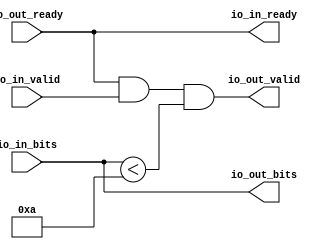
module SmallOdds4Filter(
  output        io_in_ready,
  input         io_in_valid,
  input  [31:0] io_in_bits,
  input         io_out_ready,
  output        io_out_valid,
  output [31:0] io_out_bits
);
  wire  _T_16 = io_in_bits < 32'ha; // @[SmallOdds4.scala 28:38]
  assign io_in_ready = io_out_ready; // @[SmallOdds4.scala 19:17]
  assign io_out_valid = io_out_ready & io_in_valid & _T_16; // @[SmallOdds4.scala 22:49]
  assign io_out_bits = io_in_bits; // @[SmallOdds4.scala 20:17]
endmodule
module Queue(
  input         clock,
  input         reset,
  output        io_enq_ready,
  input         io_enq_valid,
  input  [31:0] io_enq_bits,
  input         io_deq_ready,
  output        io_deq_valid,
  output [31:0] io_deq_bits
);
`ifdef RANDOMIZE_MEM_INIT
  reg [31:0] _RAND_0;
`endif // RANDOMIZE_MEM_INIT
`ifdef RANDOMIZE_REG_INIT
  reg [31:0] _RAND_1;
`endif // RANDOMIZE_REG_INIT
  reg [31:0] ram [0:0]; // @[Decoupled.scala 200:24]
  wire  ram__T_43_en; // @[Decoupled.scala 200:24]
  wire  ram__T_43_addr; // @[Decoupled.scala 200:24]
  wire [31:0] ram__T_43_data; // @[Decoupled.scala 200:24]
  wire [31:0] ram__T_34_data; // @[Decoupled.scala 200:24]
  wire  ram__T_34_addr; // @[Decoupled.scala 200:24]
  wire  ram__T_34_mask; // @[Decoupled.scala 200:24]
  wire  ram__T_34_en; // @[Decoupled.scala 200:24]
  reg  maybe_full; // @[Decoupled.scala 203:35]
  wire  _T_26 = ~maybe_full; // @[Decoupled.scala 206:36]
  wire  do_enq = io_enq_ready & io_enq_valid; // @[Decoupled.scala 29:37]
  wire  do_deq = io_deq_ready & io_deq_valid; // @[Decoupled.scala 29:37]
  assign ram__T_43_en = 1'h1;
  assign ram__T_43_addr = 1'h0;
  assign ram__T_43_data = ram[ram__T_43_addr]; // @[Decoupled.scala 200:24]
  assign ram__T_34_data = io_enq_bits;
  assign ram__T_34_addr = 1'h0;
  assign ram__T_34_mask = 1'h1;
  assign ram__T_34_en = io_enq_ready & io_enq_valid;
  assign io_enq_ready = ~maybe_full; // @[Decoupled.scala 223:19]
  assign io_deq_valid = ~_T_26; // @[Decoupled.scala 222:19]
  assign io_deq_bits = ram__T_43_data; // @[Decoupled.scala 224:15]
  always @(posedge clock) begin
    if (ram__T_34_en & ram__T_34_mask) begin
      ram[ram__T_34_addr] <= ram__T_34_data; // @[Decoupled.scala 200:24]
    end
    if (reset) begin // @[Decoupled.scala 203:35]
      maybe_full <= 1'h0; // @[Decoupled.scala 203:35]
    end else if (do_enq != do_deq) begin // @[Decoupled.scala 218:27]
      maybe_full <= do_enq; // @[Decoupled.scala 219:16]
    end
  end
// Register and memory initialization
`ifdef RANDOMIZE_GARBAGE_ASSIGN
`define RANDOMIZE
`endif
`ifdef RANDOMIZE_INVALID_ASSIGN
`define RANDOMIZE
`endif
`ifdef RANDOMIZE_REG_INIT
`define RANDOMIZE
`endif
`ifdef RANDOMIZE_MEM_INIT
`define RANDOMIZE
`endif
`ifndef RANDOM
`define RANDOM $random
`endif
`ifdef RANDOMIZE_MEM_INIT
  integer initvar;
`endif
`ifndef SYNTHESIS
`ifdef FIRRTL_BEFORE_INITIAL
`FIRRTL_BEFORE_INITIAL
`endif
initial begin
  `ifdef RANDOMIZE
    `ifdef INIT_RANDOM
      `INIT_RANDOM
    `endif
    `ifndef VERILATOR
      `ifdef RANDOMIZE_DELAY
        #`RANDOMIZE_DELAY begin end
      `else
        #0.002 begin end
      `endif
    `endif
`ifdef RANDOMIZE_MEM_INIT
  _RAND_0 = {1{`RANDOM}};
  for (initvar = 0; initvar < 1; initvar = initvar+1)
    ram[initvar] = _RAND_0[31:0];
`endif // RANDOMIZE_MEM_INIT
`ifdef RANDOMIZE_REG_INIT
  _RAND_1 = {1{`RANDOM}};
  maybe_full = _RAND_1[0:0];
`endif // RANDOMIZE_REG_INIT
  `endif // RANDOMIZE
end // initial
`ifdef FIRRTL_AFTER_INITIAL
`FIRRTL_AFTER_INITIAL
`endif
`endif // SYNTHESIS
endmodule
module SmallOdds4Filter_1(
  output        io_in_ready,
  input         io_in_valid,
  input  [31:0] io_in_bits,
  input         io_out_ready,
  output        io_out_valid,
  output [31:0] io_out_bits
);
  wire [31:0] _T_16 = io_in_bits & 32'h1; // @[SmallOdds4.scala 30:52]
  wire  _T_18 = _T_16 == 32'h1; // @[SmallOdds4.scala 30:59]
  assign io_in_ready = io_out_ready; // @[SmallOdds4.scala 19:17]
  assign io_out_valid = io_out_ready & io_in_valid & _T_18; // @[SmallOdds4.scala 22:49]
  assign io_out_bits = io_in_bits; // @[SmallOdds4.scala 20:17]
endmodule
module SmallOdds4(
  input         clock,
  input         reset,
  output        io_in_ready,
  input         io_in_valid,
  input  [31:0] io_in_bits,
  input         io_out_ready,
  output        io_out_valid,
  output [31:0] io_out_bits
);
  wire  SmallOdds4Filter_io_in_ready; // @[SmallOdds4.scala 28:24]
  wire  SmallOdds4Filter_io_in_valid; // @[SmallOdds4.scala 28:24]
  wire [31:0] SmallOdds4Filter_io_in_bits; // @[SmallOdds4.scala 28:24]
  wire  SmallOdds4Filter_io_out_ready; // @[SmallOdds4.scala 28:24]
  wire  SmallOdds4Filter_io_out_valid; // @[SmallOdds4.scala 28:24]
  wire [31:0] SmallOdds4Filter_io_out_bits; // @[SmallOdds4.scala 28:24]
  wire  Queue_clock; // @[SmallOdds4.scala 29:24]
  wire  Queue_reset; // @[SmallOdds4.scala 29:24]
  wire  Queue_io_enq_ready; // @[SmallOdds4.scala 29:24]
  wire  Queue_io_enq_valid; // @[SmallOdds4.scala 29:24]
  wire [31:0] Queue_io_enq_bits; // @[SmallOdds4.scala 29:24]
  wire  Queue_io_deq_ready; // @[SmallOdds4.scala 29:24]
  wire  Queue_io_deq_valid; // @[SmallOdds4.scala 29:24]
  wire [31:0] Queue_io_deq_bits; // @[SmallOdds4.scala 29:24]
  wire  SmallOdds4Filter_1_io_in_ready; // @[SmallOdds4.scala 30:24]
  wire  SmallOdds4Filter_1_io_in_valid; // @[SmallOdds4.scala 30:24]
  wire [31:0] SmallOdds4Filter_1_io_in_bits; // @[SmallOdds4.scala 30:24]
  wire  SmallOdds4Filter_1_io_out_ready; // @[SmallOdds4.scala 30:24]
  wire  SmallOdds4Filter_1_io_out_valid; // @[SmallOdds4.scala 30:24]
  wire [31:0] SmallOdds4Filter_1_io_out_bits; // @[SmallOdds4.scala 30:24]
  SmallOdds4Filter SmallOdds4Filter ( // @[SmallOdds4.scala 28:24]
    .io_in_ready(SmallOdds4Filter_io_in_ready),
    .io_in_valid(SmallOdds4Filter_io_in_valid),
    .io_in_bits(SmallOdds4Filter_io_in_bits),
    .io_out_ready(SmallOdds4Filter_io_out_ready),
    .io_out_valid(SmallOdds4Filter_io_out_valid),
    .io_out_bits(SmallOdds4Filter_io_out_bits)
  );
  Queue Queue ( // @[SmallOdds4.scala 29:24]
    .clock(Queue_clock),
    .reset(Queue_reset),
    .io_enq_ready(Queue_io_enq_ready),
    .io_enq_valid(Queue_io_enq_valid),
    .io_enq_bits(Queue_io_enq_bits),
    .io_deq_ready(Queue_io_deq_ready),
    .io_deq_valid(Queue_io_deq_valid),
    .io_deq_bits(Queue_io_deq_bits)
  );
  SmallOdds4Filter_1 SmallOdds4Filter_1 ( // @[SmallOdds4.scala 30:24]
    .io_in_ready(SmallOdds4Filter_1_io_in_ready),
    .io_in_valid(SmallOdds4Filter_1_io_in_valid),
    .io_in_bits(SmallOdds4Filter_1_io_in_bits),
    .io_out_ready(SmallOdds4Filter_1_io_out_ready),
    .io_out_valid(SmallOdds4Filter_1_io_out_valid),
    .io_out_bits(SmallOdds4Filter_1_io_out_bits)
  );
  assign io_in_ready = SmallOdds4Filter_io_in_ready; // @[SmallOdds4.scala 33:18]
  assign io_out_valid = SmallOdds4Filter_1_io_out_valid; // @[SmallOdds4.scala 36:18]
  assign io_out_bits = SmallOdds4Filter_1_io_out_bits; // @[SmallOdds4.scala 36:18]
  assign SmallOdds4Filter_io_in_valid = io_in_valid; // @[SmallOdds4.scala 33:18]
  assign SmallOdds4Filter_io_in_bits = io_in_bits; // @[SmallOdds4.scala 33:18]
  assign SmallOdds4Filter_io_out_ready = Queue_io_enq_ready; // @[SmallOdds4.scala 34:18]
  assign Queue_clock = clock;
  assign Queue_reset = reset;
  assign Queue_io_enq_valid = SmallOdds4Filter_io_out_valid; // @[SmallOdds4.scala 34:18]
  assign Queue_io_enq_bits = SmallOdds4Filter_io_out_bits; // @[SmallOdds4.scala 34:18]
  assign Queue_io_deq_ready = SmallOdds4Filter_1_io_in_ready; // @[SmallOdds4.scala 35:18]
  assign SmallOdds4Filter_1_io_in_valid = Queue_io_deq_valid; // @[SmallOdds4.scala 35:18]
  assign SmallOdds4Filter_1_io_in_bits = Queue_io_deq_bits; // @[SmallOdds4.scala 35:18]
  assign SmallOdds4Filter_1_io_out_ready = io_out_ready; // @[SmallOdds4.scala 36:18]
endmodule
module SmallOdds4Tester(
  input   clock,
  input   reset
);
`ifdef RANDOMIZE_REG_INIT
  reg [31:0] _RAND_0;
  reg [31:0] _RAND_1;
  reg [31:0] _RAND_2;
  reg [31:0] _RAND_3;
  reg [31:0] _RAND_4;
  reg [31:0] _RAND_5;
  reg [31:0] _RAND_6;
`endif // RANDOMIZE_REG_INIT
  wire  device_under_test_clock; // @[SmallOdds4.scala 43:33]
  wire  device_under_test_reset; // @[SmallOdds4.scala 43:33]
  wire  device_under_test_io_in_ready; // @[SmallOdds4.scala 43:33]
  wire  device_under_test_io_in_valid; // @[SmallOdds4.scala 43:33]
  wire [31:0] device_under_test_io_in_bits; // @[SmallOdds4.scala 43:33]
  wire  device_under_test_io_out_ready; // @[SmallOdds4.scala 43:33]
  wire  device_under_test_io_out_valid; // @[SmallOdds4.scala 43:33]
  wire [31:0] device_under_test_io_out_bits; // @[SmallOdds4.scala 43:33]
  reg [6:0] _T_4; // @[OrderedDecoupledHWIOTester.scala 374:30]
  reg  _T_7; // @[OrderedDecoupledHWIOTester.scala 375:30]
  reg [4:0] _T_10; // @[OrderedDecoupledHWIOTester.scala 374:30]
  reg  _T_13; // @[OrderedDecoupledHWIOTester.scala 375:30]
  wire  _T_14 = _T_7 & _T_13; // @[OrderedDecoupledHWIOTester.scala 402:42]
  wire  _T_16 = ~reset; // @[OrderedDecoupledHWIOTester.scala 403:13]
  reg [11:0] _T_21; // @[OrderedDecoupledHWIOTester.scala 407:21]
  wire [11:0] _T_24 = _T_21 + 12'h1; // @[OrderedDecoupledHWIOTester.scala 408:14]
  wire  _T_26 = _T_21 > 12'hfa0; // @[OrderedDecoupledHWIOTester.scala 409:13]
  reg [4:0] value; // @[Counter.scala 17:33]
  wire [4:0] _GEN_1 = 5'h1 == value ? 5'h8 : 5'h3; // @[OrderedDecoupledHWIOTester.scala 283:14 OrderedDecoupledHWIOTester.scala 283:14]
  wire [4:0] _GEN_2 = 5'h2 == value ? 5'h4 : _GEN_1; // @[OrderedDecoupledHWIOTester.scala 283:14 OrderedDecoupledHWIOTester.scala 283:14]
  wire [4:0] _GEN_3 = 5'h3 == value ? 5'h7 : _GEN_2; // @[OrderedDecoupledHWIOTester.scala 283:14 OrderedDecoupledHWIOTester.scala 283:14]
  wire [4:0] _GEN_4 = 5'h4 == value ? 5'hc : _GEN_3; // @[OrderedDecoupledHWIOTester.scala 283:14 OrderedDecoupledHWIOTester.scala 283:14]
  wire [4:0] _GEN_5 = 5'h5 == value ? 5'h0 : _GEN_4; // @[OrderedDecoupledHWIOTester.scala 283:14 OrderedDecoupledHWIOTester.scala 283:14]
  wire [4:0] _GEN_6 = 5'h6 == value ? 5'h3 : _GEN_5; // @[OrderedDecoupledHWIOTester.scala 283:14 OrderedDecoupledHWIOTester.scala 283:14]
  wire [4:0] _GEN_7 = 5'h7 == value ? 5'h2 : _GEN_6; // @[OrderedDecoupledHWIOTester.scala 283:14 OrderedDecoupledHWIOTester.scala 283:14]
  wire [4:0] _GEN_8 = 5'h8 == value ? 5'hc : _GEN_7; // @[OrderedDecoupledHWIOTester.scala 283:14 OrderedDecoupledHWIOTester.scala 283:14]
  wire [4:0] _GEN_9 = 5'h9 == value ? 5'h3 : _GEN_8; // @[OrderedDecoupledHWIOTester.scala 283:14 OrderedDecoupledHWIOTester.scala 283:14]
  wire [4:0] _GEN_10 = 5'ha == value ? 5'h5 : _GEN_9; // @[OrderedDecoupledHWIOTester.scala 283:14 OrderedDecoupledHWIOTester.scala 283:14]
  wire [4:0] _GEN_11 = 5'hb == value ? 5'h5 : _GEN_10; // @[OrderedDecoupledHWIOTester.scala 283:14 OrderedDecoupledHWIOTester.scala 283:14]
  wire [4:0] _GEN_12 = 5'hc == value ? 5'h11 : _GEN_11; // @[OrderedDecoupledHWIOTester.scala 283:14 OrderedDecoupledHWIOTester.scala 283:14]
  wire [4:0] _GEN_13 = 5'hd == value ? 5'h7 : _GEN_12; // @[OrderedDecoupledHWIOTester.scala 283:14 OrderedDecoupledHWIOTester.scala 283:14]
  wire [4:0] _GEN_14 = 5'he == value ? 5'h2 : _GEN_13; // @[OrderedDecoupledHWIOTester.scala 283:14 OrderedDecoupledHWIOTester.scala 283:14]
  wire [4:0] _GEN_15 = 5'hf == value ? 5'h2 : _GEN_14; // @[OrderedDecoupledHWIOTester.scala 283:14 OrderedDecoupledHWIOTester.scala 283:14]
  wire [4:0] _GEN_16 = 5'h10 == value ? 5'h5 : _GEN_15; // @[OrderedDecoupledHWIOTester.scala 283:14 OrderedDecoupledHWIOTester.scala 283:14]
  wire [4:0] _GEN_17 = 5'h11 == value ? 5'hd : _GEN_16; // @[OrderedDecoupledHWIOTester.scala 283:14 OrderedDecoupledHWIOTester.scala 283:14]
  wire [4:0] _GEN_18 = 5'h12 == value ? 5'h12 : _GEN_17; // @[OrderedDecoupledHWIOTester.scala 283:14 OrderedDecoupledHWIOTester.scala 283:14]
  wire [4:0] _GEN_19 = 5'h13 == value ? 5'hf : _GEN_18; // @[OrderedDecoupledHWIOTester.scala 283:14 OrderedDecoupledHWIOTester.scala 283:14]
  wire [4:0] _GEN_20 = 5'h14 == value ? 5'h0 : _GEN_19; // @[OrderedDecoupledHWIOTester.scala 283:14 OrderedDecoupledHWIOTester.scala 283:14]
  wire [4:0] _GEN_21 = 5'h15 == value ? 5'hf : _GEN_20; // @[OrderedDecoupledHWIOTester.scala 283:14 OrderedDecoupledHWIOTester.scala 283:14]
  wire [4:0] _GEN_22 = 5'h16 == value ? 5'hf : _GEN_21; // @[OrderedDecoupledHWIOTester.scala 283:14 OrderedDecoupledHWIOTester.scala 283:14]
  wire [4:0] _GEN_23 = 5'h17 == value ? 5'ha : _GEN_22; // @[OrderedDecoupledHWIOTester.scala 283:14 OrderedDecoupledHWIOTester.scala 283:14]
  wire [4:0] _GEN_24 = 5'h18 == value ? 5'h12 : _GEN_23; // @[OrderedDecoupledHWIOTester.scala 283:14 OrderedDecoupledHWIOTester.scala 283:14]
  wire [4:0] _GEN_25 = 5'h19 == value ? 5'hb : _GEN_24; // @[OrderedDecoupledHWIOTester.scala 283:14 OrderedDecoupledHWIOTester.scala 283:14]
  wire [4:0] _GEN_26 = 5'h1a == value ? 5'he : _GEN_25; // @[OrderedDecoupledHWIOTester.scala 283:14 OrderedDecoupledHWIOTester.scala 283:14]
  wire [4:0] _GEN_27 = 5'h1b == value ? 5'h10 : _GEN_26; // @[OrderedDecoupledHWIOTester.scala 283:14 OrderedDecoupledHWIOTester.scala 283:14]
  wire [4:0] _GEN_28 = 5'h1c == value ? 5'hc : _GEN_27; // @[OrderedDecoupledHWIOTester.scala 283:14 OrderedDecoupledHWIOTester.scala 283:14]
  wire [4:0] _GEN_29 = 5'h1d == value ? 5'h2 : _GEN_28; // @[OrderedDecoupledHWIOTester.scala 283:14 OrderedDecoupledHWIOTester.scala 283:14]
  wire [4:0] _GEN_30 = 5'h1e == value ? 5'h13 : _GEN_29; // @[OrderedDecoupledHWIOTester.scala 283:14 OrderedDecoupledHWIOTester.scala 283:14]
  wire [4:0] _GEN_31 = 5'h1f == value ? 5'h0 : _GEN_30; // @[OrderedDecoupledHWIOTester.scala 283:14 OrderedDecoupledHWIOTester.scala 283:14]
  wire  _T_177 = value == 5'h1e; // @[Counter.scala 25:24]
  wire [4:0] _T_180 = value + 5'h1; // @[Counter.scala 26:22]
  wire  _GEN_65 = _T_4 == 7'h1e | _T_7; // @[OrderedDecoupledHWIOTester.scala 381:48 OrderedDecoupledHWIOTester.scala 382:23 OrderedDecoupledHWIOTester.scala 375:30]
  wire [6:0] _T_189 = _T_4 + 7'h1; // @[OrderedDecoupledHWIOTester.scala 384:28]
  reg [2:0] value_1; // @[Counter.scala 17:33]
  wire  _GEN_79 = 5'h8 == _T_10 ? 1'h0 : 1'h1; // @[OrderedDecoupledHWIOTester.scala 314:30 OrderedDecoupledHWIOTester.scala 314:30]
  wire  _GEN_80 = 5'h9 == _T_10 ? 1'h0 : _GEN_79; // @[OrderedDecoupledHWIOTester.scala 314:30 OrderedDecoupledHWIOTester.scala 314:30]
  wire  _GEN_81 = 5'ha == _T_10 ? 1'h0 : _GEN_80; // @[OrderedDecoupledHWIOTester.scala 314:30 OrderedDecoupledHWIOTester.scala 314:30]
  wire  _GEN_82 = 5'hb == _T_10 ? 1'h0 : _GEN_81; // @[OrderedDecoupledHWIOTester.scala 314:30 OrderedDecoupledHWIOTester.scala 314:30]
  wire  _GEN_83 = 5'hc == _T_10 ? 1'h0 : _GEN_82; // @[OrderedDecoupledHWIOTester.scala 314:30 OrderedDecoupledHWIOTester.scala 314:30]
  wire  _GEN_84 = 5'hd == _T_10 ? 1'h0 : _GEN_83; // @[OrderedDecoupledHWIOTester.scala 314:30 OrderedDecoupledHWIOTester.scala 314:30]
  wire  _GEN_85 = 5'he == _T_10 ? 1'h0 : _GEN_84; // @[OrderedDecoupledHWIOTester.scala 314:30 OrderedDecoupledHWIOTester.scala 314:30]
  wire  _GEN_86 = 5'hf == _T_10 ? 1'h0 : _GEN_85; // @[OrderedDecoupledHWIOTester.scala 314:30 OrderedDecoupledHWIOTester.scala 314:30]
  wire  _GEN_87 = 5'h10 == _T_10 ? 1'h0 : _GEN_86; // @[OrderedDecoupledHWIOTester.scala 314:30 OrderedDecoupledHWIOTester.scala 314:30]
  wire  _GEN_88 = 5'h11 == _T_10 ? 1'h0 : _GEN_87; // @[OrderedDecoupledHWIOTester.scala 314:30 OrderedDecoupledHWIOTester.scala 314:30]
  wire  _GEN_89 = 5'h12 == _T_10 ? 1'h0 : _GEN_88; // @[OrderedDecoupledHWIOTester.scala 314:30 OrderedDecoupledHWIOTester.scala 314:30]
  wire  _GEN_90 = 5'h13 == _T_10 ? 1'h0 : _GEN_89; // @[OrderedDecoupledHWIOTester.scala 314:30 OrderedDecoupledHWIOTester.scala 314:30]
  wire  _GEN_91 = 5'h14 == _T_10 ? 1'h0 : _GEN_90; // @[OrderedDecoupledHWIOTester.scala 314:30 OrderedDecoupledHWIOTester.scala 314:30]
  wire  _GEN_92 = 5'h15 == _T_10 ? 1'h0 : _GEN_91; // @[OrderedDecoupledHWIOTester.scala 314:30 OrderedDecoupledHWIOTester.scala 314:30]
  wire  _GEN_93 = 5'h16 == _T_10 ? 1'h0 : _GEN_92; // @[OrderedDecoupledHWIOTester.scala 314:30 OrderedDecoupledHWIOTester.scala 314:30]
  wire  _GEN_94 = 5'h17 == _T_10 ? 1'h0 : _GEN_93; // @[OrderedDecoupledHWIOTester.scala 314:30 OrderedDecoupledHWIOTester.scala 314:30]
  wire  _GEN_95 = 5'h18 == _T_10 ? 1'h0 : _GEN_94; // @[OrderedDecoupledHWIOTester.scala 314:30 OrderedDecoupledHWIOTester.scala 314:30]
  wire  _GEN_96 = 5'h19 == _T_10 ? 1'h0 : _GEN_95; // @[OrderedDecoupledHWIOTester.scala 314:30 OrderedDecoupledHWIOTester.scala 314:30]
  wire  _GEN_97 = 5'h1a == _T_10 ? 1'h0 : _GEN_96; // @[OrderedDecoupledHWIOTester.scala 314:30 OrderedDecoupledHWIOTester.scala 314:30]
  wire  _GEN_98 = 5'h1b == _T_10 ? 1'h0 : _GEN_97; // @[OrderedDecoupledHWIOTester.scala 314:30 OrderedDecoupledHWIOTester.scala 314:30]
  wire  _GEN_99 = 5'h1c == _T_10 ? 1'h0 : _GEN_98; // @[OrderedDecoupledHWIOTester.scala 314:30 OrderedDecoupledHWIOTester.scala 314:30]
  wire  _GEN_100 = 5'h1d == _T_10 ? 1'h0 : _GEN_99; // @[OrderedDecoupledHWIOTester.scala 314:30 OrderedDecoupledHWIOTester.scala 314:30]
  wire  _GEN_101 = 5'h1e == _T_10 ? 1'h0 : _GEN_100; // @[OrderedDecoupledHWIOTester.scala 314:30 OrderedDecoupledHWIOTester.scala 314:30]
  wire  _T_285 = device_under_test_io_out_ready & device_under_test_io_out_valid; // @[OrderedDecoupledHWIOTester.scala 316:35]
  wire [2:0] _GEN_104 = 3'h1 == value_1 ? 3'h7 : 3'h3; // @[OrderedDecoupledHWIOTester.scala 318:17 OrderedDecoupledHWIOTester.scala 318:17]
  wire [2:0] _GEN_105 = 3'h2 == value_1 ? 3'h3 : _GEN_104; // @[OrderedDecoupledHWIOTester.scala 318:17 OrderedDecoupledHWIOTester.scala 318:17]
  wire [2:0] _GEN_106 = 3'h3 == value_1 ? 3'h3 : _GEN_105; // @[OrderedDecoupledHWIOTester.scala 318:17 OrderedDecoupledHWIOTester.scala 318:17]
  wire [2:0] _GEN_107 = 3'h4 == value_1 ? 3'h5 : _GEN_106; // @[OrderedDecoupledHWIOTester.scala 318:17 OrderedDecoupledHWIOTester.scala 318:17]
  wire [2:0] _GEN_108 = 3'h5 == value_1 ? 3'h5 : _GEN_107; // @[OrderedDecoupledHWIOTester.scala 318:17 OrderedDecoupledHWIOTester.scala 318:17]
  wire [2:0] _GEN_109 = 3'h6 == value_1 ? 3'h7 : _GEN_108; // @[OrderedDecoupledHWIOTester.scala 318:17 OrderedDecoupledHWIOTester.scala 318:17]
  wire [2:0] _GEN_110 = 3'h7 == value_1 ? 3'h5 : _GEN_109; // @[OrderedDecoupledHWIOTester.scala 318:17 OrderedDecoupledHWIOTester.scala 318:17]
  wire [3:0] _GEN_118 = {{1'd0}, value_1}; // @[OrderedDecoupledHWIOTester.scala 318:17 OrderedDecoupledHWIOTester.scala 318:17]
  wire [2:0] _GEN_111 = 4'h8 == _GEN_118 ? 3'h0 : _GEN_110; // @[OrderedDecoupledHWIOTester.scala 318:17 OrderedDecoupledHWIOTester.scala 318:17]
  wire [31:0] _GEN_119 = {{29'd0}, _GEN_111}; // @[OrderedDecoupledHWIOTester.scala 321:40]
  wire  _T_290 = device_under_test_io_out_bits != _GEN_119; // @[OrderedDecoupledHWIOTester.scala 321:40]
  wire [2:0] _T_304 = value_1 + 3'h1; // @[Counter.scala 26:22]
  wire  _GEN_112 = _T_10 == 5'h7 | _T_13; // @[OrderedDecoupledHWIOTester.scala 381:48 OrderedDecoupledHWIOTester.scala 382:23 OrderedDecoupledHWIOTester.scala 375:30]
  wire [4:0] _T_312 = _T_10 + 5'h1; // @[OrderedDecoupledHWIOTester.scala 384:28]
  wire  _GEN_121 = _T_285 & _T_290; // @[OrderedDecoupledHWIOTester.scala 322:19]
  SmallOdds4 device_under_test ( // @[SmallOdds4.scala 43:33]
    .clock(device_under_test_clock),
    .reset(device_under_test_reset),
    .io_in_ready(device_under_test_io_in_ready),
    .io_in_valid(device_under_test_io_in_valid),
    .io_in_bits(device_under_test_io_in_bits),
    .io_out_ready(device_under_test_io_out_ready),
    .io_out_valid(device_under_test_io_out_valid),
    .io_out_bits(device_under_test_io_out_bits)
  );
  assign device_under_test_clock = clock;
  assign device_under_test_reset = reset;
  assign device_under_test_io_in_valid = 5'h1f == _T_4[4:0] ? 1'h0 : 1'h1; // @[OrderedDecoupledHWIOTester.scala 285:30 OrderedDecoupledHWIOTester.scala 285:30]
  assign device_under_test_io_in_bits = {{27'd0}, _GEN_31}; // @[OrderedDecoupledHWIOTester.scala 283:14 OrderedDecoupledHWIOTester.scala 283:14]
  assign device_under_test_io_out_ready = 5'h1f == _T_10 ? 1'h0 : _GEN_101; // @[OrderedDecoupledHWIOTester.scala 314:30 OrderedDecoupledHWIOTester.scala 314:30]
  always @(posedge clock) begin
    if (reset) begin // @[OrderedDecoupledHWIOTester.scala 374:30]
      _T_4 <= 7'h0; // @[OrderedDecoupledHWIOTester.scala 374:30]
    end else if (device_under_test_io_in_valid & device_under_test_io_in_ready) begin // @[OrderedDecoupledHWIOTester.scala 287:62]
      if (~_T_7) begin // @[OrderedDecoupledHWIOTester.scala 380:28]
        _T_4 <= _T_189; // @[OrderedDecoupledHWIOTester.scala 384:17]
      end
    end
    if (reset) begin // @[OrderedDecoupledHWIOTester.scala 375:30]
      _T_7 <= 1'h0; // @[OrderedDecoupledHWIOTester.scala 375:30]
    end else if (device_under_test_io_in_valid & device_under_test_io_in_ready) begin // @[OrderedDecoupledHWIOTester.scala 287:62]
      if (~_T_7) begin // @[OrderedDecoupledHWIOTester.scala 380:28]
        _T_7 <= _GEN_65;
      end
    end
    if (reset) begin // @[OrderedDecoupledHWIOTester.scala 374:30]
      _T_10 <= 5'h0; // @[OrderedDecoupledHWIOTester.scala 374:30]
    end else if (device_under_test_io_out_ready & device_under_test_io_out_valid) begin // @[OrderedDecoupledHWIOTester.scala 316:62]
      if (~_T_13) begin // @[OrderedDecoupledHWIOTester.scala 380:28]
        _T_10 <= _T_312; // @[OrderedDecoupledHWIOTester.scala 384:17]
      end
    end
    if (reset) begin // @[OrderedDecoupledHWIOTester.scala 375:30]
      _T_13 <= 1'h0; // @[OrderedDecoupledHWIOTester.scala 375:30]
    end else if (device_under_test_io_out_ready & device_under_test_io_out_valid) begin // @[OrderedDecoupledHWIOTester.scala 316:62]
      if (~_T_13) begin // @[OrderedDecoupledHWIOTester.scala 380:28]
        _T_13 <= _GEN_112;
      end
    end
    if (reset) begin // @[OrderedDecoupledHWIOTester.scala 407:21]
      _T_21 <= 12'h0; // @[OrderedDecoupledHWIOTester.scala 407:21]
    end else begin
      _T_21 <= _T_24; // @[OrderedDecoupledHWIOTester.scala 408:8]
    end
    if (reset) begin // @[Counter.scala 17:33]
      value <= 5'h0; // @[Counter.scala 17:33]
    end else if (device_under_test_io_in_valid & device_under_test_io_in_ready) begin // @[OrderedDecoupledHWIOTester.scala 287:62]
      if (_T_177) begin // @[Counter.scala 28:21]
        value <= 5'h0; // @[Counter.scala 28:29]
      end else begin
        value <= _T_180; // @[Counter.scala 26:13]
      end
    end
    if (reset) begin // @[Counter.scala 17:33]
      value_1 <= 3'h0; // @[Counter.scala 17:33]
    end else if (device_under_test_io_out_ready & device_under_test_io_out_valid) begin // @[OrderedDecoupledHWIOTester.scala 316:62]
      value_1 <= _T_304; // @[Counter.scala 26:13]
    end
    `ifndef SYNTHESIS
    `ifdef PRINTF_COND
      if (`PRINTF_COND) begin
    `endif
        if (_T_14 & ~reset) begin
          $fwrite(32'h80000002,"All input and output events completed\n"); // @[OrderedDecoupledHWIOTester.scala 403:13]
        end
    `ifdef PRINTF_COND
      end
    `endif
    `endif // SYNTHESIS
    `ifndef SYNTHESIS
    `ifdef STOP_COND
      if (`STOP_COND) begin
    `endif
        if (_T_14 & _T_16) begin
          $finish; // @[OrderedDecoupledHWIOTester.scala 404:11]
        end
    `ifdef STOP_COND
      end
    `endif
    `endif // SYNTHESIS
    `ifndef SYNTHESIS
    `ifdef PRINTF_COND
      if (`PRINTF_COND) begin
    `endif
        if (_T_26 & _T_16) begin
          $fwrite(32'h80000002,
            "Exceeded maximum allowed %d ticks in OrderedDecoupledHWIOTester, If you think code is correct use:\nDecoupleTester.max_tick_count = <some-higher-value>\nin the OrderedDecoupledHWIOTester subclass\n"
            ,12'hfa0); // @[OrderedDecoupledHWIOTester.scala 410:13]
        end
    `ifdef PRINTF_COND
      end
    `endif
    `endif // SYNTHESIS
    `ifndef SYNTHESIS
    `ifdef STOP_COND
      if (`STOP_COND) begin
    `endif
        if (_T_26 & _T_16) begin
          $finish; // @[OrderedDecoupledHWIOTester.scala 416:11]
        end
    `ifdef STOP_COND
      end
    `endif
    `endif // SYNTHESIS
    `ifndef SYNTHESIS
    `ifdef PRINTF_COND
      if (`PRINTF_COND) begin
    `endif
        if (_T_285 & _T_16) begin
          $fwrite(32'h80000002,"output test event %d testing out.bits = %d, should be %d\n",_T_10,
            device_under_test_io_out_bits,4'h8 == _GEN_118 ? 3'h0 : _GEN_110); // @[OrderedDecoupledHWIOTester.scala 318:17]
        end
    `ifdef PRINTF_COND
      end
    `endif
    `endif // SYNTHESIS
    `ifndef SYNTHESIS
    `ifdef PRINTF_COND
      if (`PRINTF_COND) begin
    `endif
        if (_T_285 & _T_290 & _T_16) begin
          $fwrite(32'h80000002,"Error: event %d out.bits was %d should be %d\n",_T_10,device_under_test_io_out_bits,
            _GEN_111); // @[OrderedDecoupledHWIOTester.scala 322:19]
        end
    `ifdef PRINTF_COND
      end
    `endif
    `endif // SYNTHESIS
    `ifndef SYNTHESIS
    `ifdef PRINTF_COND
      if (`PRINTF_COND) begin
    `endif
        if (_GEN_121 & _T_16) begin
          $fwrite(32'h80000002,"Assertion failed\n    at OrderedDecoupledHWIOTester.scala:324 assert(false.B)\n"); // @[OrderedDecoupledHWIOTester.scala 324:19]
        end
    `ifdef PRINTF_COND
      end
    `endif
    `endif // SYNTHESIS
    `ifndef SYNTHESIS
    `ifdef STOP_COND
      if (`STOP_COND) begin
    `endif
        if (_GEN_121 & _T_16) begin
          $fatal; // @[OrderedDecoupledHWIOTester.scala 324:19]
        end
    `ifdef STOP_COND
      end
    `endif
    `endif // SYNTHESIS
    `ifndef SYNTHESIS
    `ifdef STOP_COND
      if (`STOP_COND) begin
    `endif
        if (_GEN_121 & _T_16) begin
          $finish; // @[OrderedDecoupledHWIOTester.scala 325:17]
        end
    `ifdef STOP_COND
      end
    `endif
    `endif // SYNTHESIS
  end
// Register and memory initialization
`ifdef RANDOMIZE_GARBAGE_ASSIGN
`define RANDOMIZE
`endif
`ifdef RANDOMIZE_INVALID_ASSIGN
`define RANDOMIZE
`endif
`ifdef RANDOMIZE_REG_INIT
`define RANDOMIZE
`endif
`ifdef RANDOMIZE_MEM_INIT
`define RANDOMIZE
`endif
`ifndef RANDOM
`define RANDOM $random
`endif
`ifdef RANDOMIZE_MEM_INIT
  integer initvar;
`endif
`ifndef SYNTHESIS
`ifdef FIRRTL_BEFORE_INITIAL
`FIRRTL_BEFORE_INITIAL
`endif
initial begin
  `ifdef RANDOMIZE
    `ifdef INIT_RANDOM
      `INIT_RANDOM
    `endif
    `ifndef VERILATOR
      `ifdef RANDOMIZE_DELAY
        #`RANDOMIZE_DELAY begin end
      `else
        #0.002 begin end
      `endif
    `endif
`ifdef RANDOMIZE_REG_INIT
  _RAND_0 = {1{`RANDOM}};
  _T_4 = _RAND_0[6:0];
  _RAND_1 = {1{`RANDOM}};
  _T_7 = _RAND_1[0:0];
  _RAND_2 = {1{`RANDOM}};
  _T_10 = _RAND_2[4:0];
  _RAND_3 = {1{`RANDOM}};
  _T_13 = _RAND_3[0:0];
  _RAND_4 = {1{`RANDOM}};
  _T_21 = _RAND_4[11:0];
  _RAND_5 = {1{`RANDOM}};
  value = _RAND_5[4:0];
  _RAND_6 = {1{`RANDOM}};
  value_1 = _RAND_6[2:0];
`endif // RANDOMIZE_REG_INIT
  `endif // RANDOMIZE
end // initial
`ifdef FIRRTL_AFTER_INITIAL
`FIRRTL_AFTER_INITIAL
`endif
`endif // SYNTHESIS
endmodule